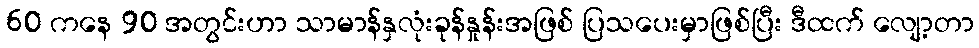
60 ကနေ 90 အတွင်းဟာ သာမာန်နှလုံးခုန်နှုန်းအဖြစ် ပြသပေးမှာဖြစ်ပြီး ဒီထက် လျော့တာ